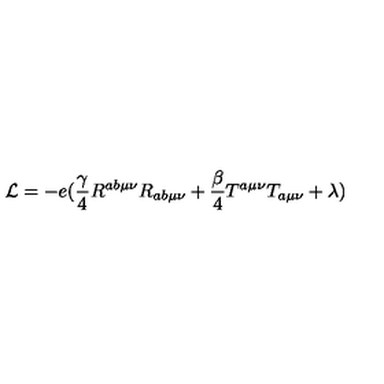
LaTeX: { \cal { L } } = - e ( \frac { \gamma } { 4 } R ^ { a b \mu \nu } R _ { a b \mu \nu } + \frac { \beta } { 4 } T ^ { a \mu \nu } T _ { a \mu \nu } + \lambda )